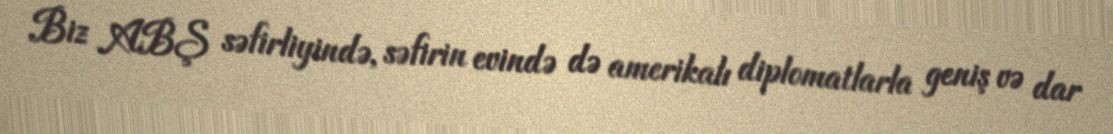
Biz ABŞ səfirliyində, səfirin evində də amerikalı diplomatlarla geniş və dar